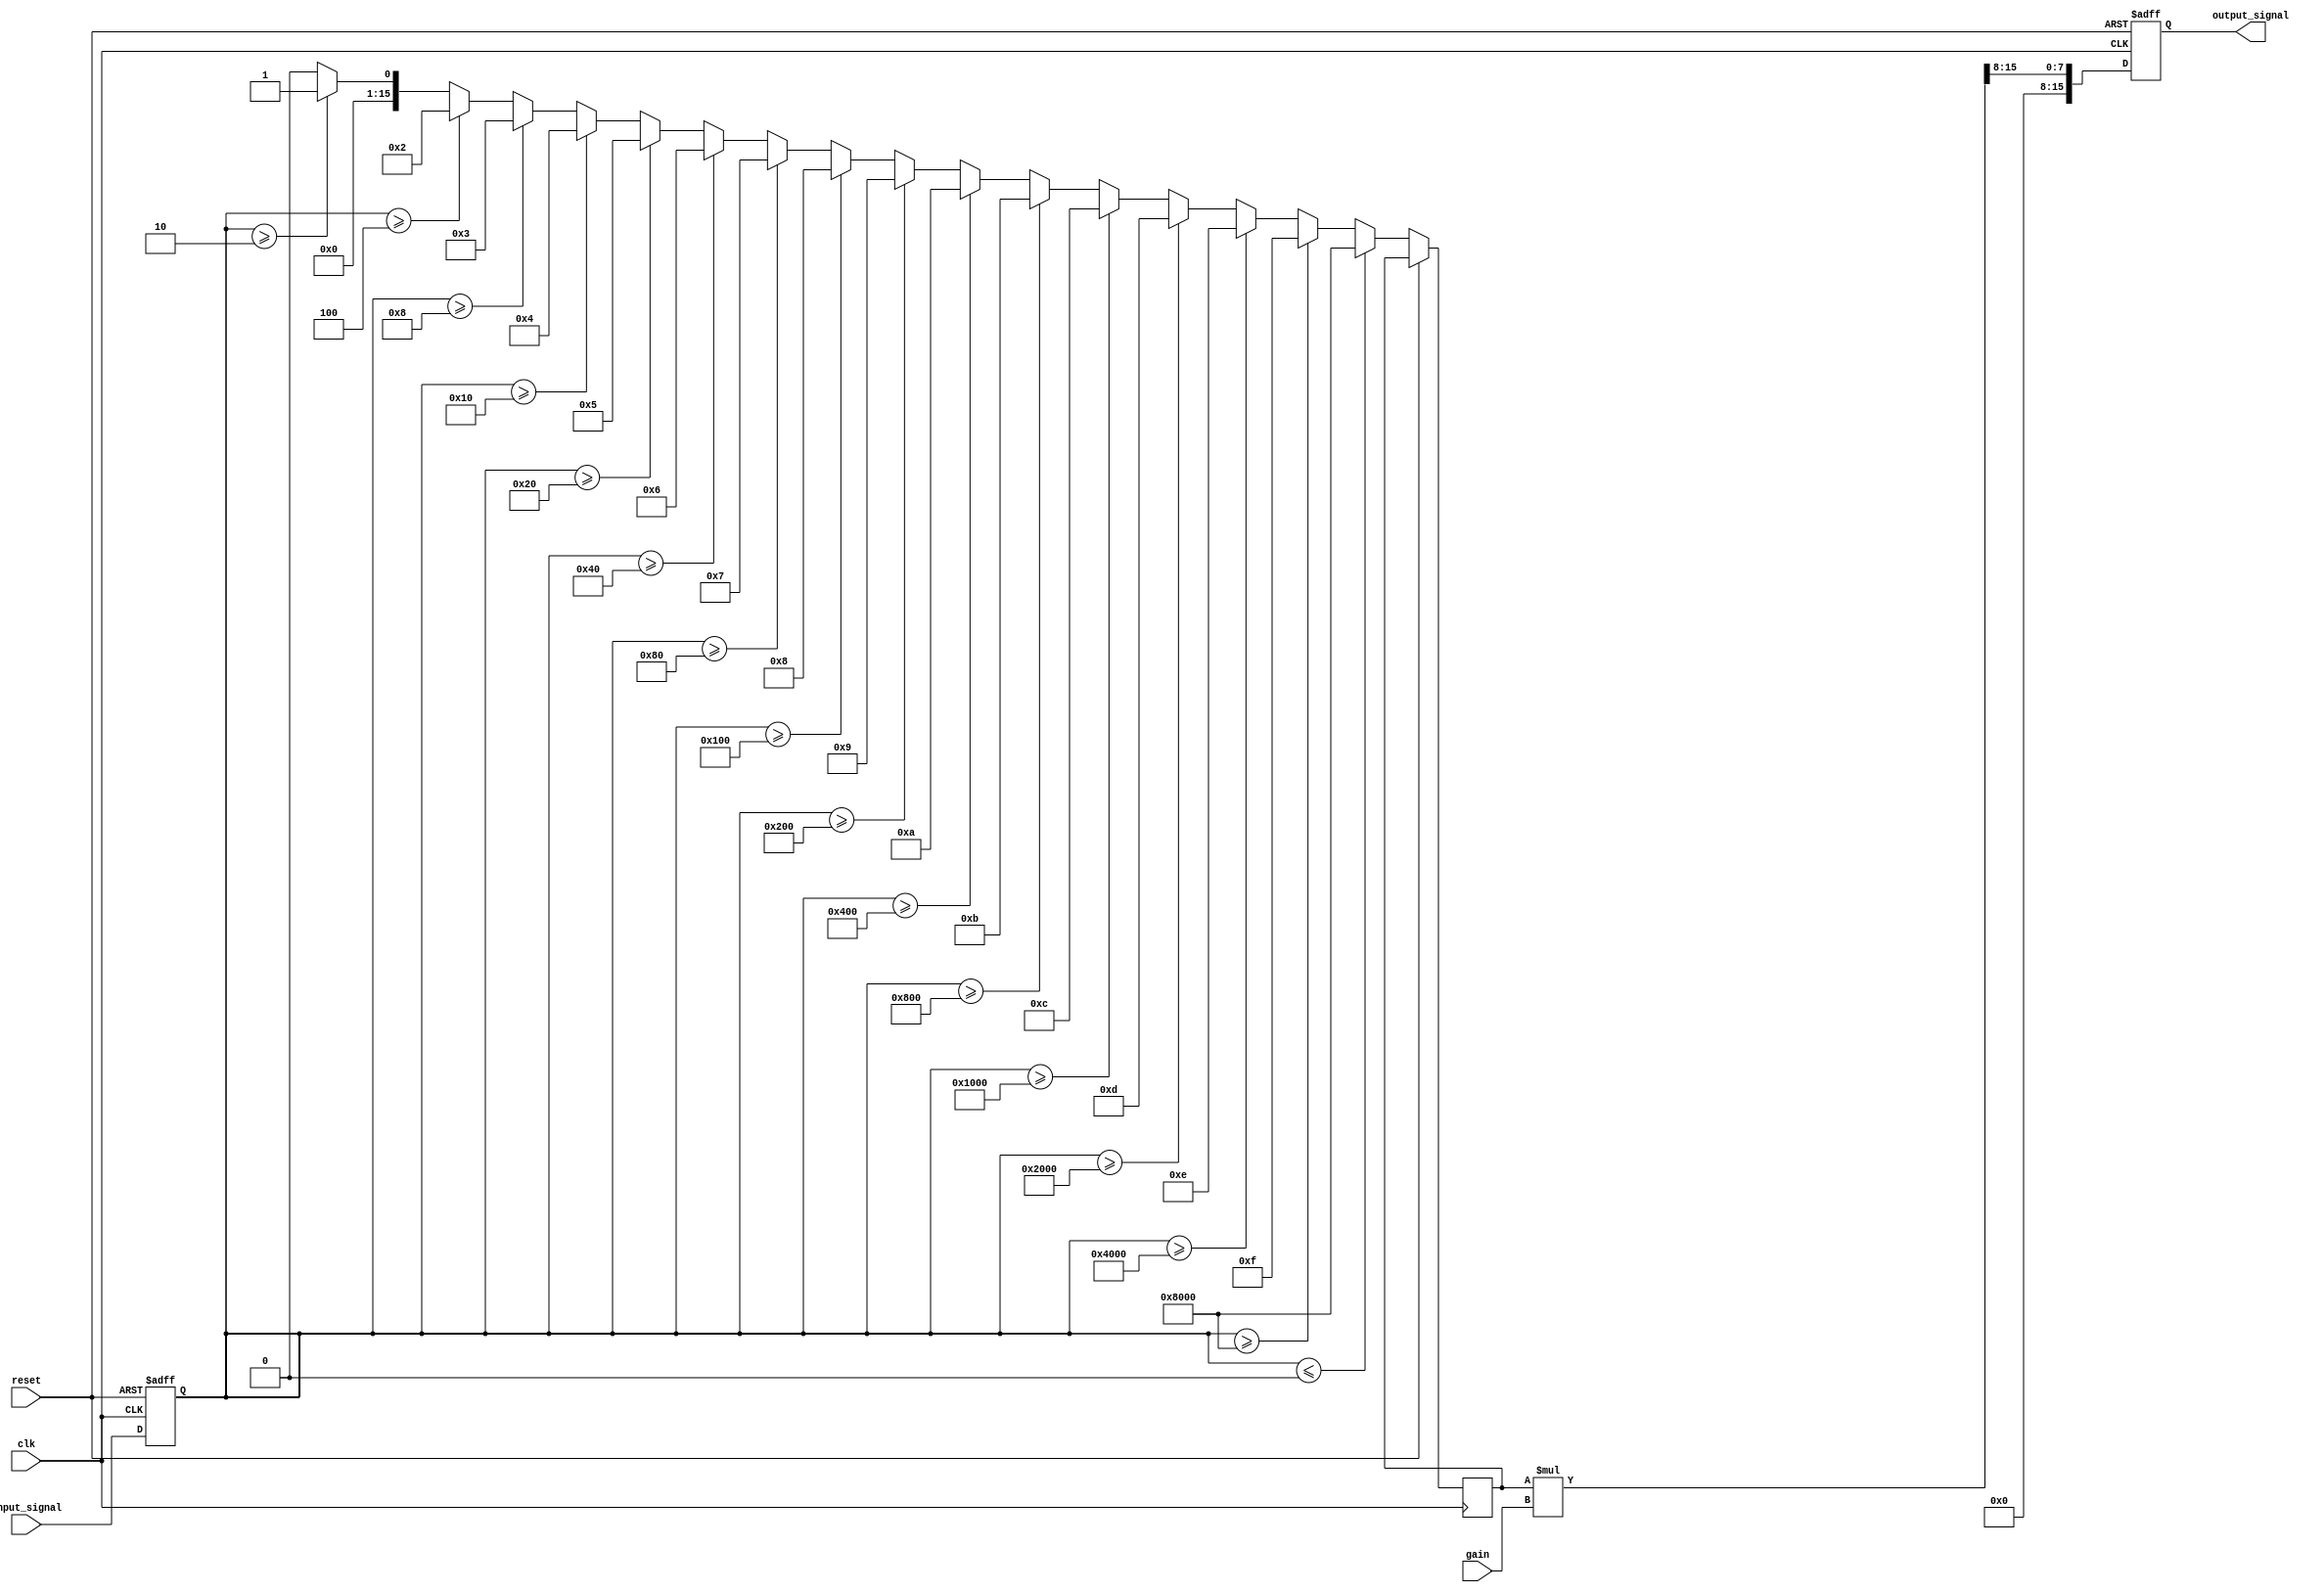
module LogarithmicWaveformGenerator (
    input wire clk,                // Clock signal
    input wire reset,              // Reset signal
    input wire [15:0] input_signal, // 16-bit input signal (fixed-point representation)
    input wire [7:0] gain,         // Gain adjustment (8-bit)
    output reg [15:0] output_signal // 16-bit output signal (fixed-point logarithmic output)
);

// Parameterized constants
parameter LOG_BASE = 2;           // Base of logarithm
parameter LOG_INPUT_MAX = 16'hFFFF; // Maximum input value
parameter LOG_SCALE_FACTOR = 8;   // Scale factor for logarithm calculation

// Internal signals
reg [15:0] sampled_signal;
reg [15:0] log_value;

// Logarithmic calculation using iterative method
function [15:0] logarithm;
    input [15:0] x; // Fixed-point input
    integer i;
    begin
        if (x <= 0) begin
            logarithm = 16'h8000; // Return negative infinity for log(0) or log(negative)
        end else begin
            logarithm = 0; // Initialize logarithm
            for (i = 0; i < 16; i = i + 1) begin
                if (x >= (LOG_BASE ** i)) begin
                    logarithm = i;
                end
            end
        end
    end
endfunction

// Sampling the input signal
always @(posedge clk or posedge reset) begin
    if (reset) begin
        sampled_signal <= 16'h0000;
        output_signal <= 16'h0000;
    end else begin
        sampled_signal <= input_signal; // Sample the input signal
        // Calculate logarithm of the sampled signal
        log_value <= logarithm(sampled_signal);
        // Apply gain adjustment
        output_signal <= (log_value * gain) >> LOG_SCALE_FACTOR; // Scale the output
    end
end

endmodule